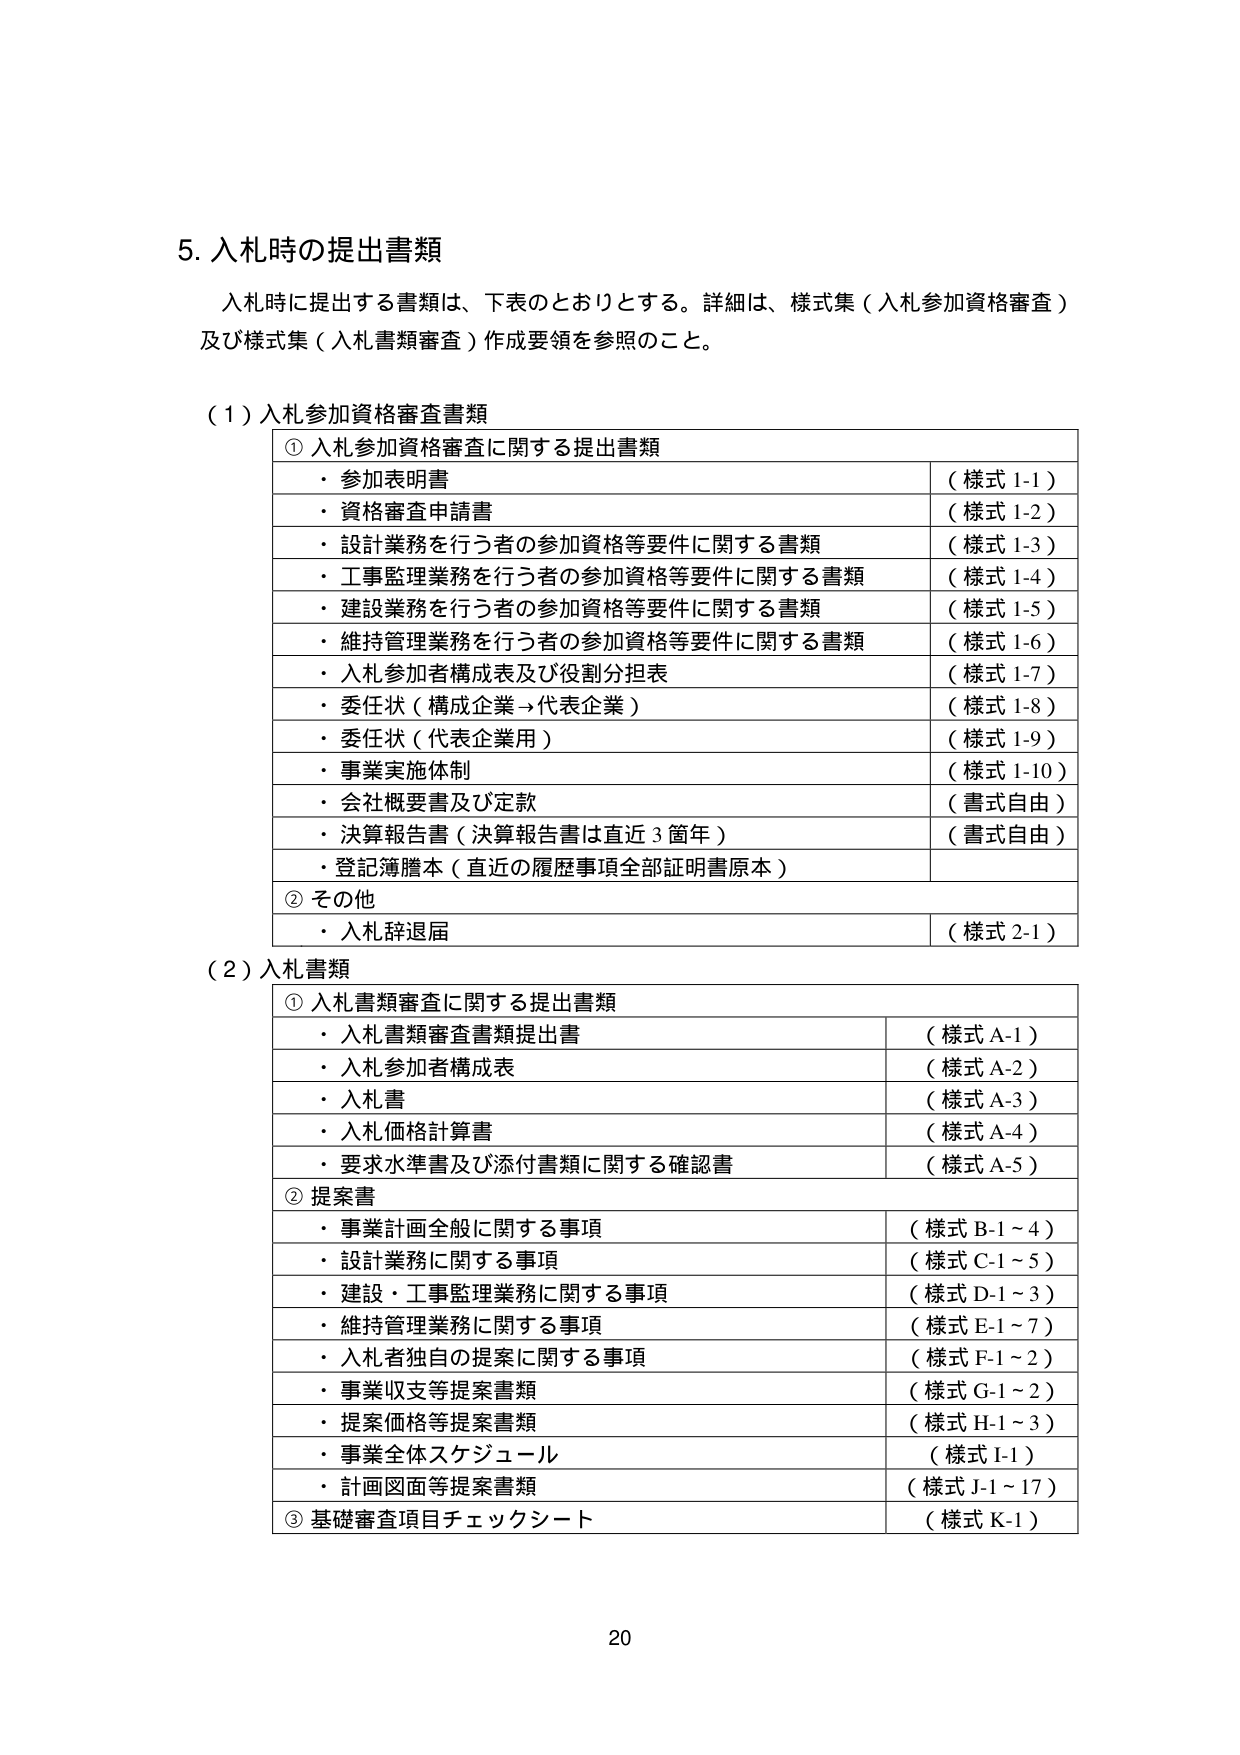
5. 入札時の提出書類

入札時に提出する書類は、下表のとおりとする。詳細は、様式集（入札参加資格審査）及び様式集（入札書類審査）作成要領を参照のこと。

（1）入札参加資格審査書類

① 入札参加資格審査に関する提出書類
・参加表明書 （様式 1-1）
・資格審査申請書 （様式 1-2）
・設計業務を行う者の参加資格等要件に関する書類 （様式 1-3）
・工事監理業務を行う者の参加資格等要件に関する書類 （様式 1-4）
・建設業務を行う者の参加資格等要件に関する書類 （様式 1-5）
・維持管理業務を行う者の参加資格等要件に関する書類 （様式 1-6）
・入札参加者構成表及び役割分担表 （様式 1-7）
・委任状（構成企業→代表企業） （様式 1-8）
・委任状（代表企業用） （様式 1-9）
・事業実施体制 （様式 1-10）
・会社概要書及び定款 （書式自由）
・決算報告書（決算報告書は直近3箇年） （書式自由）
・登記簿謄本（直近の履歴事項全部証明書原本）

② その他
・入札辞退届 （様式 2-1）

（2）入札書類

① 入札書類審査に関する提出書類
・入札書類審査書類提出書 （様式 A-1）
・入札参加者構成表 （様式 A-2）
・入札書 （様式 A-3）
・入札価格計算書 （様式 A-4）
・要求水準書及び添付書類に関する確認書 （様式 A-5）

② 提案書
・事業計画全般に関する事項 （様式 B-1～4）
・設計業務に関する事項 （様式 C-1～5）
・建設・工事監理業務に関する事項 （様式 D-1～3）
・維持管理業務に関する事項 （様式 E-1～7）
・入札者独自の提案に関する事項 （様式 F-1～2）
・事業収支等提案書類 （様式 G-1～2）
・提案価格等提案書類 （様式 H-1～3）
・事業全体スケジュール （様式 I-1）
・計画図面等提案書類 （様式 J-1～17）

③ 基礎審査項目チェックシート （様式 K-1）

20